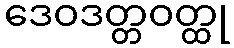
ဒေဝဒတ္တဝတ္ထု